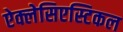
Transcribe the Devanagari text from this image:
ऐक्लेसिएस्टिकल